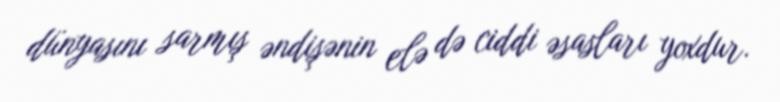
dünyasını sarmış əndişənin elə də ciddi əsasları yoxdur.